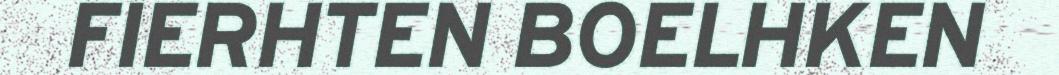
FIERHTEN BOELHKEN